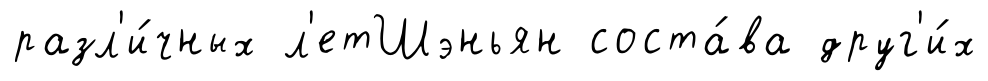
разл'и́чных л'етШэньян соста́ва друг'и́х